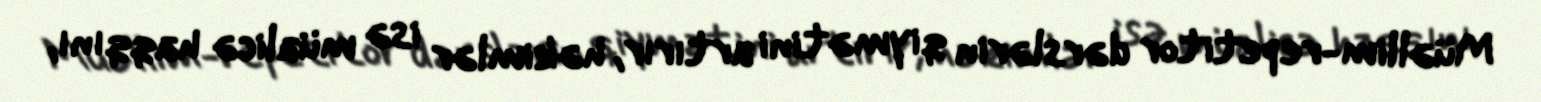
Müəllim-repetitor dərslərin qiymətini artırır, həkimlər isə müalicə haqqını,